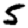
Digit: 5